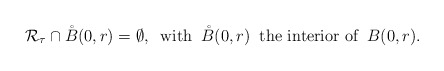
\begin{align*}{ \cal R}_{\tau}\cap \mathring B(0,r)=\emptyset,\;\;\mbox{\rm with}\;\; \mathring B(0,r) \;\;\mbox{\rm the interior of}\;\; B(0,r).\end{align*}